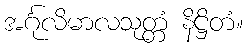
အင်္ဂုလိမာလသုတ္တံ နိဋ္ဌိတံ။